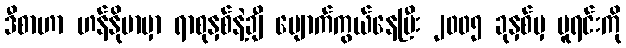
ဒီစာဟာ ဟန်နိုဗာမှာ ရာစုနှစ်နဲ့ချီ ပျောက်ကွယ်နေပြီး ၂၀၀၅ ခုနှစ်မှ မူရင်းကို